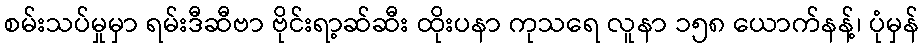
စမ်းသပ်မှုမှာ ရမ်းဒီဆီဗာ ဗိုင်းရာ့ဆ်ဆီး ထိုးပနာ ကုသရေ လူနာ ၁၅၈ ယောက်နန့်၊ ပုံမှန်